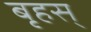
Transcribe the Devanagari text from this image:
बृहस्